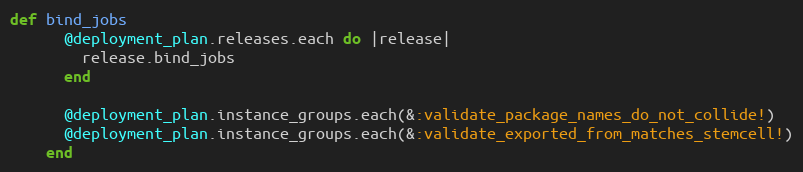
Language: Ruby
def bind_jobs
      @deployment_plan.releases.each do |release|
        release.bind_jobs
      end

      @deployment_plan.instance_groups.each(&:validate_package_names_do_not_collide!)
      @deployment_plan.instance_groups.each(&:validate_exported_from_matches_stemcell!)
    end